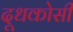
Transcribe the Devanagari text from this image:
दूधकोसी